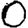
Digit: 0